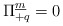
\begin{align*}\Pi^{\underline{m}}_{+q} = 0\end{align*}